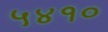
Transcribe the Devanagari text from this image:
५४१०